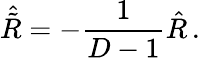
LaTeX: \hat{\tilde{R}}=-\frac{1}{D-1}\hat{R}\, .